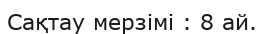
Сақтау мерзімі : 8 ай.